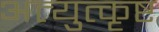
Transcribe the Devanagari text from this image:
अत्युुत्कृष्ट